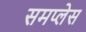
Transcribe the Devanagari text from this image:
समप्लेस